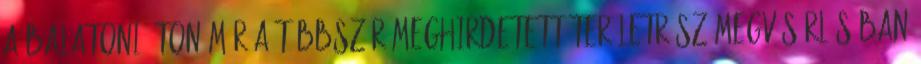
a Balatoni úton már a többször meghirdetett területrész megvásárlásában